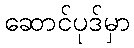
ဆောင်ပုဒ်မှာ